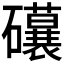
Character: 𥗨